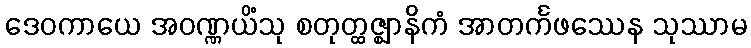
ဒေဝကာယေ အဝဏ္ဏယိံသု စတုတ္ထဇ္ဈာနိကံ အာတင်္ကဖဿေန သုဿာမ